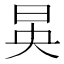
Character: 𪰔